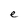
Character: e